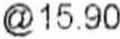
@15.90